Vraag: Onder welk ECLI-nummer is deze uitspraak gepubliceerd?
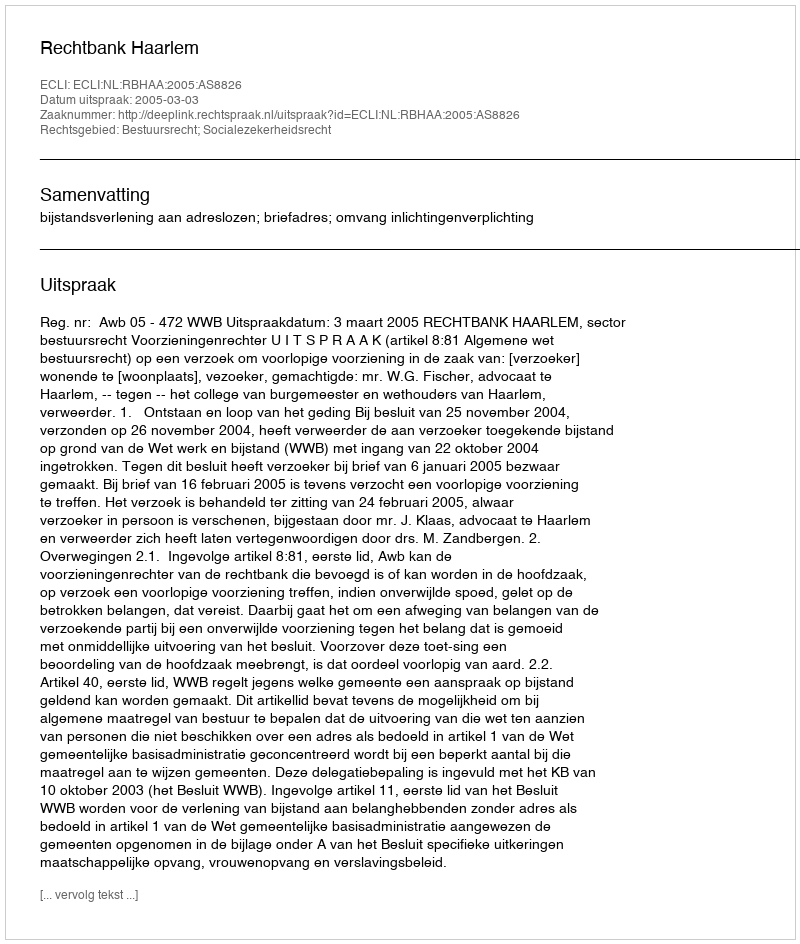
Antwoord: ECLI:NL:RBHAA:2005:AS8826